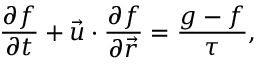
\frac { { \partial { f } } } { { \partial t } } + { \vec { u } } \cdot \frac { { \partial { f } } } { { \partial { \vec { r } } } } = \frac { g - f } { \tau } ,